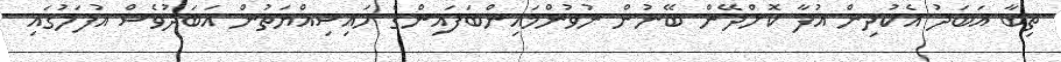
ތިބާ އަބަދު އެކުދިން އުފާ ކޮށްދޭން ބޭނުން ނުވުންމައިންބަފައިންގެ ހައިސިއްޔަތުން އަބަދުވެސް އުފަލުގައި